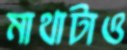
মাথাটাও